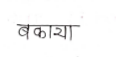
मजकूर: बकाया